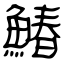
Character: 鰆